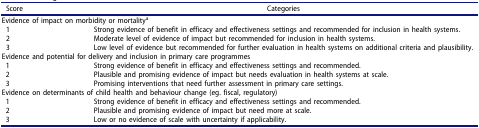
<table><thead><tr><td><b>Score</b></td><td><b>Categories</b></td></tr></thead><tbody><tr><td colspan="2">Evidence of impact on morbidity or mortality<sup>a</sup></td></tr><tr><td>1</td><td>Strong evidence of benefit in efficacy and effectiveness settings and recommended for inclusion in health systems.</td></tr><tr><td>2</td><td>Moderate level of evidence of impact but recommended for inclusion in health systems.</td></tr><tr><td>3</td><td>Low level of evidence but recommended for further evaluation in health systems on additional criteria and plausibility.</td></tr><tr><td colspan="2">Evidence and potential for delivery and inclusion in primary care programmes</td></tr><tr><td>1</td><td>Strong evidence of benefit in efficacy and effectiveness settings and recommended.</td></tr><tr><td>2</td><td>Plausible and promising evidence of impact but needs evaluation in health systems at scale.</td></tr><tr><td>3</td><td>Promising interventions that need further assessment in primary care settings.</td></tr><tr><td colspan="2">Evidence on determinants of child health and behaviour change (eg. fiscal, regulatory)</td></tr><tr><td>1</td><td>Strong evidence of benefit in efficacy and effectiveness settings and recommended.</td></tr><tr><td>2</td><td>Plausible and promising evidence of impact but need more at scale.</td></tr><tr><td>3</td><td>Low or no evidence of scale with uncertainty if applicability.</td></tr></tbody></table>